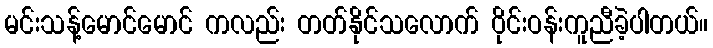
မင်းသန့်မောင်မောင် ကလည်း တတ်နိုင်သလောက် ဝိုင်းဝန်းကူညီခဲ့ပါတယ်။